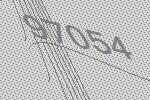
97054